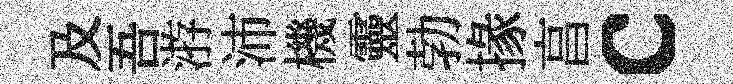
及吾㳺沛機靈勃掾亯c